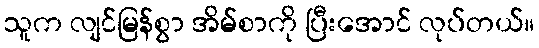
သူက လျင်မြန်စွာ အိမ်စာကို ပြီးအောင် လုပ်တယ်။